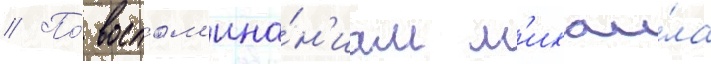
// По́ воспом'ина́н'иам м'ихаи́ла